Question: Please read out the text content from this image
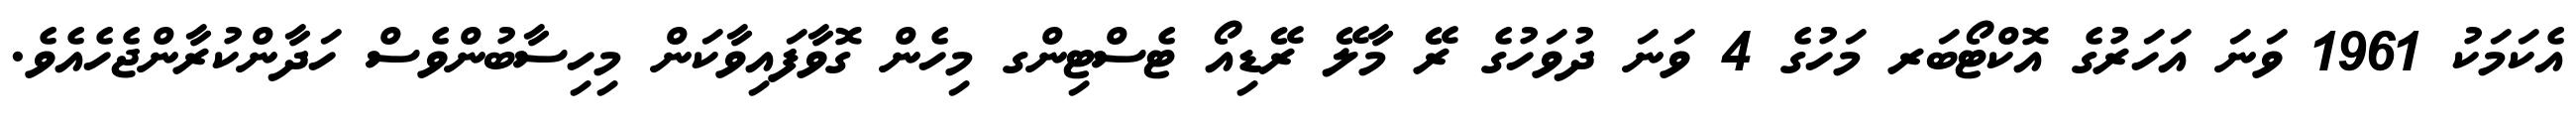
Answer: އެކަމަކު 1961 ވަނަ އަހަރުގެ އޮކްޓޯބަރ މަހުގެ 4 ވަނަ ދުވަހުގެ ރޭ މާލޭ ރޭޑިއޯ ޓެސްޓިންގ މިހެން ގޮވާފައިވާކަން މިހިސާބުންވެސް ހަދާންކުރާންޖެހެއެވެ.